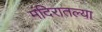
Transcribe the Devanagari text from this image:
मंदिरातल्या